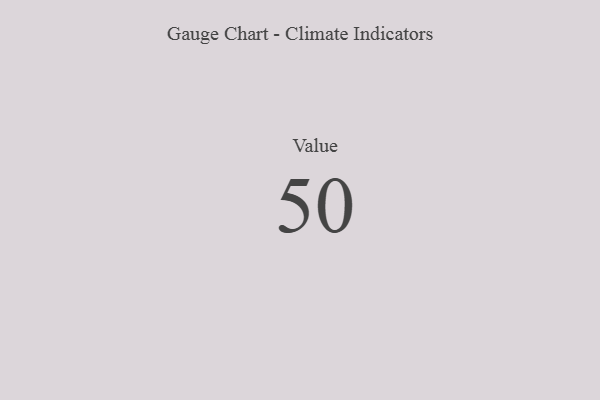
{"axis": {"x": "Metric", "y": "Value"}, "legend": [""], "data": [{"x": "Value", "y": 50, "type": ""}]}